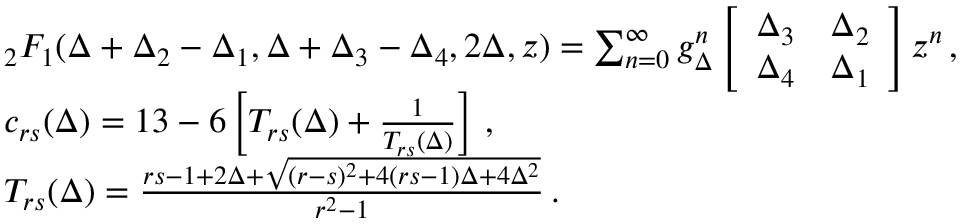
\begin{array} { r l } & { _ 2 F _ { 1 } ( \Delta + \Delta _ { 2 } - \Delta _ { 1 } , \Delta + \Delta _ { 3 } - \Delta _ { 4 } , 2 \Delta , z ) = \sum _ { n = 0 } ^ { \infty } g _ { \Delta } ^ { n } \left[ \begin{array} { l l } { \Delta _ { 3 } } & { \Delta _ { 2 } } \\ { \Delta _ { 4 } } & { \Delta _ { 1 } } \end{array} \right] z ^ { n } \, , } \\ & { c _ { r s } ( \Delta ) = 1 3 - 6 \left[ T _ { r s } ( \Delta ) + { \frac { 1 } { T _ { r s } ( \Delta ) } } \right] \, , } \\ & { T _ { r s } ( \Delta ) = { \frac { r s - 1 + 2 \Delta + \sqrt { ( r - s ) ^ { 2 } + 4 ( r s - 1 ) \Delta + 4 \Delta ^ { 2 } } } { r ^ { 2 } - 1 } } \, . } \end{array}